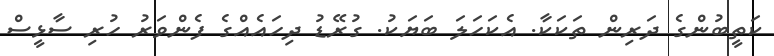
ކަތީބުންގެ ދަރިން ތަކަކާ. އެކަހަލަ ބަޔަކު. ގުރޭޑު ދިހައެއްގެ ފެންވަރު ހުރި ސާޅީސް